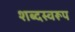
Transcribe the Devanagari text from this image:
शब्दस्वरूप